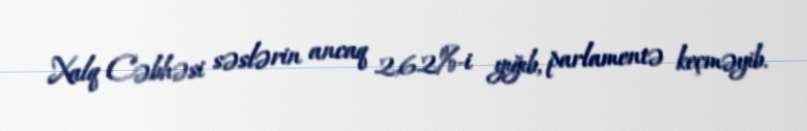
Xalq Cəbhəsi səslərin ancaq 2,62%-i yığıb, parlamentə keçməyib.